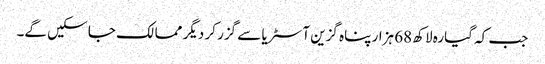
جب کہ گیارہ لاکھ 68 ہزار پناہ گزین آسٹریا سے گزر کر دیگر ممالک جا سکیں گے۔